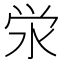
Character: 泶